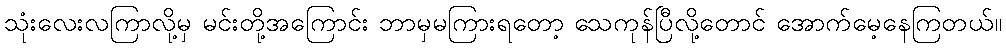
သုံးလေးလကြာလို့မှ မင်းတို့အကြောင်း ဘာမှမကြားရတော့ သေကုန်ပြီလို့တောင် အောက်မေ့နေကြတယ်။